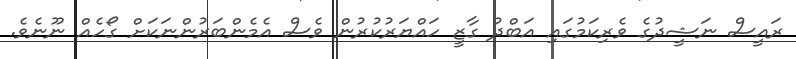
ރައީސް ނަޝީދުގެ ވެރިކަމުގައި އަބްދު ގާޒީ ހައްޔަރުކުރުން ވެސް އެމެންބަރުންނަކަށް ގޯހެއް ނޫނެވެ.